system: You are a helpful assistant.
user:
Analyze the provided spectrum to determine if it is a **White Dwarf (WD)**.

A White Dwarf spectrum is defined by its **extreme purity** (due to gravitational settling) and/or **extreme pressure broadening** (due to high surface gravity). You must check for one of the following mutually exclusive signatures:

- **Key Visual Indicators (Check for ONE of these types):**

    - **1. DA-Type Signature (Most Common):**
        - **(Primary Feature):** Extreme pressure broadening (Stark broadening) of the **Hydrogen (H) Balmer lines**.
        - **(Key Lines):** $H\beta$ (approx. $4861$ Å) and $H\gamma$ (approx. $4340$ Å). $H\alpha$ (approx. $6563$ Å) will also be present if the wavelength range covers it.
        - **(Line Profile):** This is the **defining feature**. The lines are **NOT** sharp. They appear as massive, **extremely broad and deep "troughs" or "dips"** in the spectrum, often hundreds of Ångströms wide. The continuum will appear to "scoop" down at these wavelengths.
        - **(Distinction):** Normal A-type or B-type stars have *narrow* and *sharp* Hydrogen lines. A DA White Dwarf's lines are unmistakably "smeared" or "blurry" from pressure.

    - **2. DB-Type Signature:**
        - **(Primary Feature):** Broad absorption lines from **Neutral Helium (He I)**. The spectrum must lack any visible Hydrogen lines.
        - **(Key Lines):** Look for broad absorption near $4471$ Å, $4921$ Å, and $5876$ Å.
        - **(Line Profile):** These lines are also significantly pressure-broadened, appearing much wider than they would in a normal B-type main-sequence star.

    - **3. DC-Type Signature:**
        - **(Primary Feature):** A **featureless continuous spectrum**.
        - **(Line Profile):** The spectrum is a smooth curve with **no significant absorption or emission lines**.
        - **(Key Confirmation):** The continuum is almost always **blue or white**, indicating a hot object. This signature implies the atmosphere is so pure (or so cool) that no spectral lines are visible in the optical range. Its WD identity is confirmed by its extremely low intrinsic brightness (high absolute magnitude).

    - **4. DZ-Type Signature (Metal-Polluted):**
        - **(Primary Feature):** **Isolated, narrow metal absorption lines** on an otherwise featureless (DC-like) continuum.
        - **(Key Lines):** The **Calcium (Ca II) H & K doublet** (approx. **$3934$ Å** and **$3968$ Å**) is the most common and defining feature.
        - **(Line Profile):** These lines are "out of place." They are *not* part of a "forest" of thousands of lines. This signature is evidence of recent *accretion* (pollution) from rocky debris.
        - **(Distinction):** Normal G/K/M stars have a *dense forest* of thousands of metal lines. A DZ has a *clean* continuum with *only a few* strong metal lines.

    - **5. DQ-Type Signature (Carbon-Polluted):**
        - **(Primary Feature):** Absorption bands from **Carbon (C₂ "Swan Bands" or atomic C I)**.
        - **(Key Lines - C₂):** Look for bandheads with a "saw-tooth" shape near $5635$ Å, **$5165$ Å** (strongest), and $4737$ Å.
        - **(Key Confirmation):** The underlying **continuum must be blue or white** (hot).
        - **(Distinction):** This is the critical difference from a **Carbon Star**, which has the *exact same* C₂ bands but on an extremely **red, cool** continuum.

- **(Overall Spectrum):**
    - The continuum (overall shape) is typically **blue-sloping** (brighter in the blue than the red), as most white dwarfs are very hot.
    - The spectrum will look "pure" or "simple," dominated by only *one* of the five signatures listed above.

Think first, call **spectral_visualization_tool** if needed to examine features in detail, then provide your final answer. Your response must adhere to the following strict rules:
1.  **Overall Structure:** Your response must follow the format `<think>...</think> <tool_call>...</tool_call> (if a tool is used) <answer>...</answer>`.
2.  **Tool Usage Constraint:** You may only make **one** tool call per turn.
3.  **Final Answer Format:** In the `<answer>` tag, your conclusion must be inside a `\boxed{}` command (e.g., `\boxed{YES}` or `\boxed{NO}`), followed by your justification.

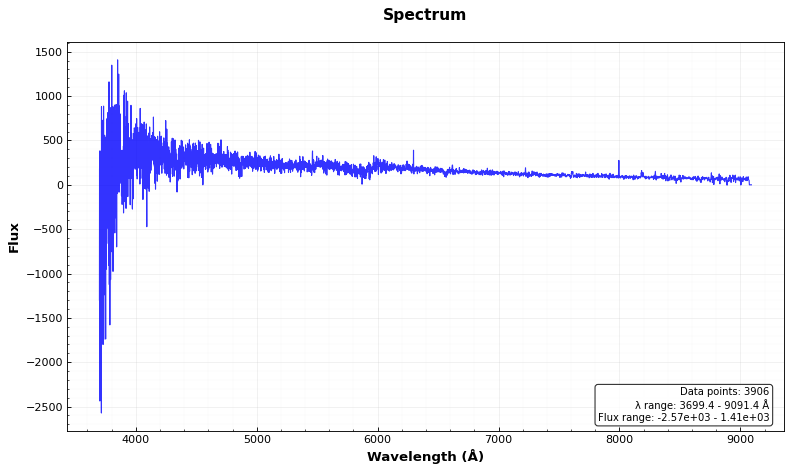
Answer: NO